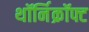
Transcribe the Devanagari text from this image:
थॉर्निक्रॉफ्ट